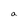
Character: a